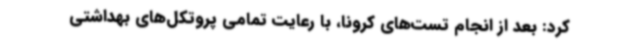
کرد: بعد از انجام تست‌های کرونا، با رعایت تمامی پروتکل‌های بهداشتی